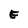
Character: E